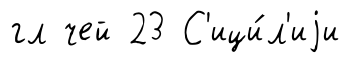
гл чей 23 С'ици́л'иjи